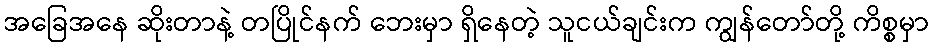
အခြေအနေ ဆိုးတာနဲ့ တပြိုင်နက် ဘေးမှာ ရှိနေတဲ့ သူငယ်ချင်းက ကျွန်တော်တို့ ကိစ္စမှာ